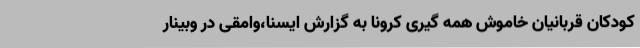
کودکان قربانیان خاموش همه گیری کرونا به گزارش ایسنا،وامقی در وبینار